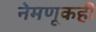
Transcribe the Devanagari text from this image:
नेमणूकही